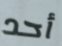
أحد